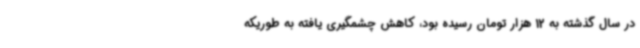
در سال گذشته به 12 هزار تومان رسیده بود، کاهش چشمگیری یافته به طوریکه